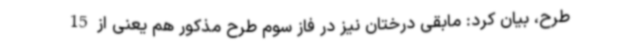
طرح، بیان کرد: مابقی درختان نیز در فاز سوم طرح مذکور هم یعنی از 15